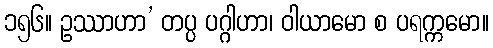
၁၅၆။ ဥဿာဟာ’ တပ္ပ ပဂ္ဂါဟာ၊ ဝါယာမော စ ပရက္ကမော။